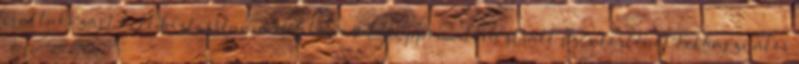
csatlakozást kell biztosítania Két lánnyal gruppen, illusztrált szextörténet Felhasználói